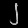
Digit: ၂